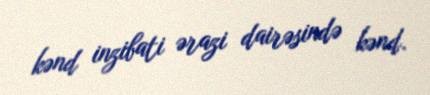
kənd inzibati ərazi dairəsində kənd.